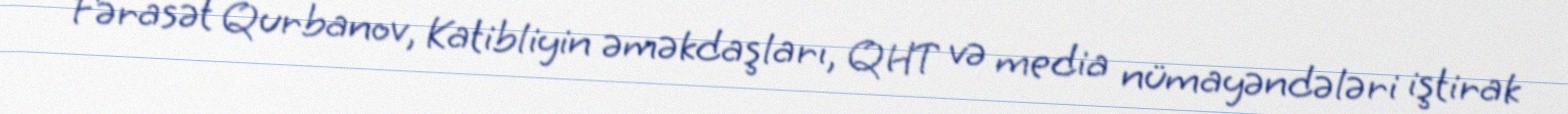
Fərasət Qurbanov, Katibliyin əməkdaşları, QHT və media nümayəndələri iştirak